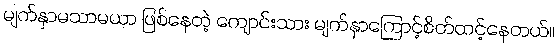
မျက်နှာမသာမယာ ဖြစ်နေတဲ့ ကျောင်းသား မျက်နှာကြောင့်စိတ်ထင့်နေတယ်။